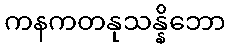
ကနကတနုသန္နိဘော